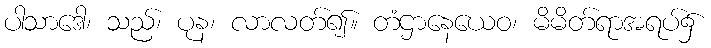
ပါသာဒေါ၊ သည်၊ ပုန၊ လာလတ်၍။ တံဌာနေယေဝ၊ မိမိတ်ရာအရပ်၌